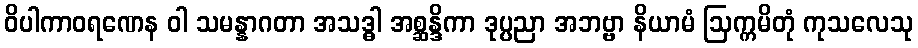
ဝိပါကာဝရဏေန ဝါ သမန္နာဂတာ အသဒ္ဓါ အစ္ဆန္ဒိကာ ဒုပ္ပညာ အဘဗ္ဗာ နိယာမံ ဩက္ကမိတုံ ကုသလေသု